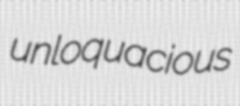
unloquacious